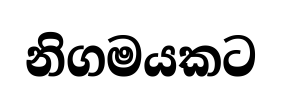
නිගමයකට